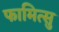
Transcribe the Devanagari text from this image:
फामित्सु